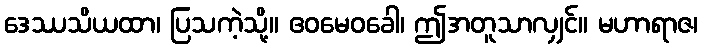
ဒေဿသိယထာ၊ ပြသကဲ့သို့။ ဧဝမေဝခေါ၊ ဤအတူသာလျှင်။ မဟာရာဇ၊